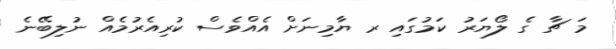
މަ ޗާ ގެ ލޯޔަރު ކަމުގައި ރ ޔާމިނަށް އެއްވެސް ކުރިއެރުމެއް ނުލިބޭނެ